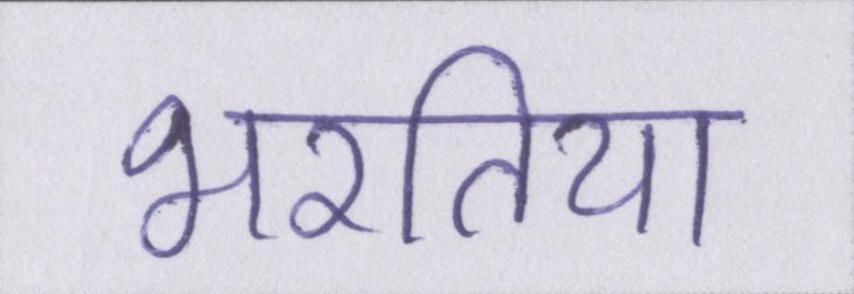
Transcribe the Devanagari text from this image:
भरतिया